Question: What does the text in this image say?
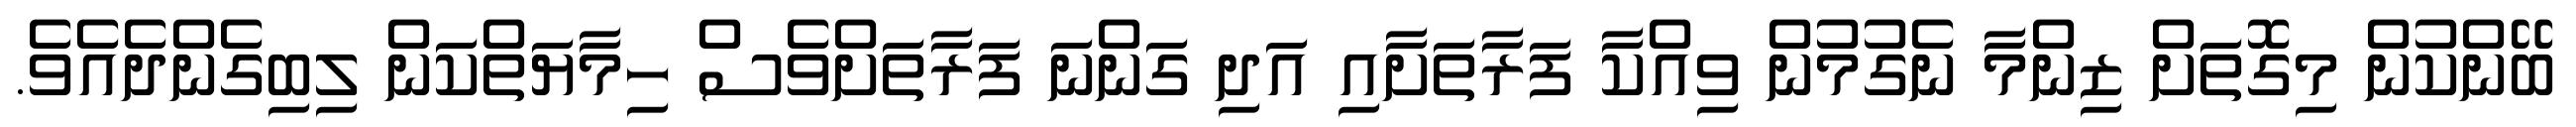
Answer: ބޭންކުން މިގޮތަށް ޒިންމާ ނެގުމުން ވިއްކާ ފަރާތަށާއި އަދި ގަންނަ ފަރާތަށްވެސް ހިމާޔަތްކަން ލިބިގެންދެއެވެ.